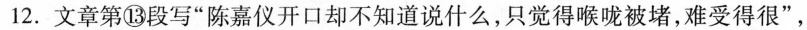
12.文章第⑩段写”陈嘉仪开口却不知道说什么，只觉得喉被堵，难受得很”，